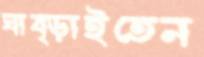
ঘাব্‌ড়াইতেন